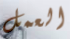
العمل